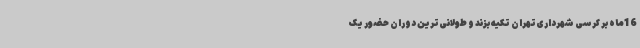
16‌ماه بر کرسی شهرداری‌تهران تکیه بزند و طولانی‌ترین دوران حضور یک